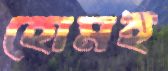
হোমই